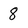
Character: 8